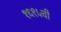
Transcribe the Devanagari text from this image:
१६९५ची